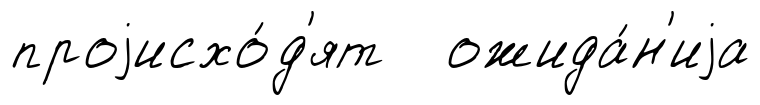
проjисхо́д'ят ожида́н'иjа